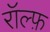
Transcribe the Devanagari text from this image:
रॉल्फ़